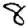
Digit: 8